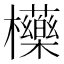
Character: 㰛